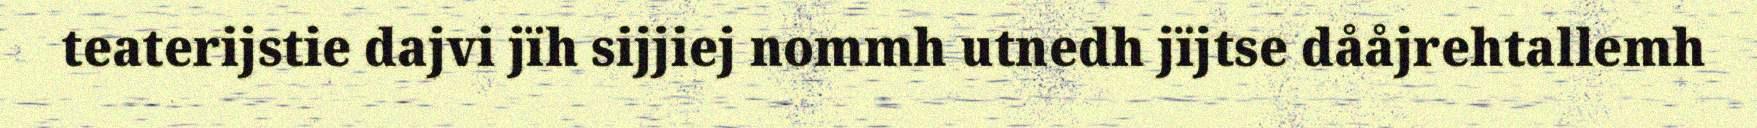
teaterijstie dajvi jïh sijjiej nommh utnedh jïjtse dååjrehtallemh